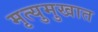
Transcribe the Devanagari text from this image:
मृत्युमुखात